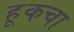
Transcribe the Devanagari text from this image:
हूकचा